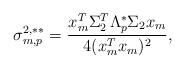
LaTeX: \begin{align*}\sigma^{2,**}_{m,p}= \frac{x_m^T \Sigma_2^T \Lambda^*_p \Sigma_2 x_m}{4 (x_m^T x_m)^2},\end{align*}